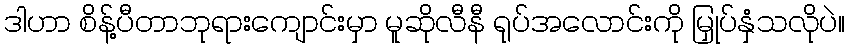
ဒါဟာ စိန့်ပီတာဘုရားကျောင်းမှာ မူဆိုလီနီ ရုပ်အလောင်းကို မြှုပ်နှံသလိုပဲ။